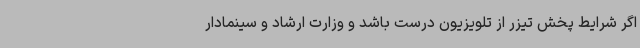
اگر شرایط پخش تیزر از تلویزیون درست باشد و وزارت ارشاد و سینمادار